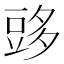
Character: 𧯨